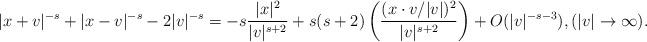
LaTeX: \begin{align*} |x+v|^{-s}+|x-v|^{-s}-2|v|^{-s}= -s\frac{|x|^2}{|v| ^{s+2}}+s(s+2)\left( \frac{ (x\cdot v/|v|)^2 }{|v|^{s+2}}\right) +O(|v|^{-s-3}), (|v|\to \infty).\end{align*}